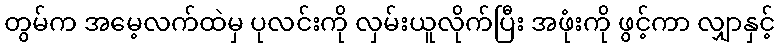
တွမ်က အမေ့လက်ထဲမှ ပုလင်းကို လှမ်းယူလိုက်ပြီး အဖုံးကို ဖွင့်ကာ လျှာနှင့်